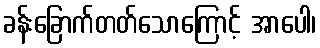
ခန်းခြောက်တတ်သောကြောင့် အာပေါ၊